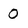
Character: O